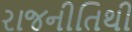
રાજનીતિથી